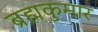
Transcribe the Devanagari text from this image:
ब्रह्मकुमार